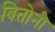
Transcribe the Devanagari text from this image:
बितोनी